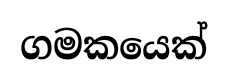
ගමකයෙක්